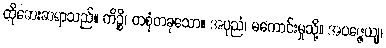
ထိုဆေးဆရာသည်။ ကိဉ္စိ၊ တစုံတခုသော။ အပုညံ၊ မကောင်းမှုသို့။ အပဇ္ဇေယျ၊